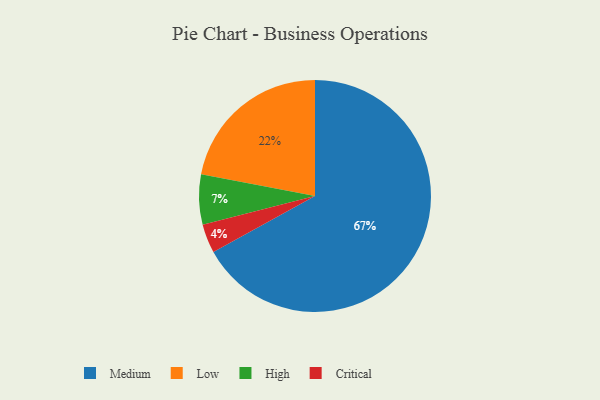
{"axis": {"x": "Category", "y": "Percentage"}, "legend": ["Critical", "High", "Low", "Medium"], "data": [{"x": "Low", "y": 22, "type": "Low"}, {"x": "High", "y": 7, "type": "High"}, {"x": "Critical", "y": 4, "type": "Critical"}, {"x": "Medium", "y": 67, "type": "Medium"}]}